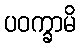
ပဝက္ခာမိ